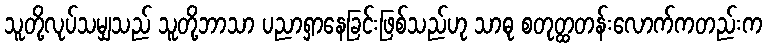
သူတို့လုပ်သမျှသည် သူတို့ဘာသာ ပညာရှာနေခြင်းဖြစ်သည်ဟု သာဓု စတုတ္ထတန်းလောက်ကတည်းက